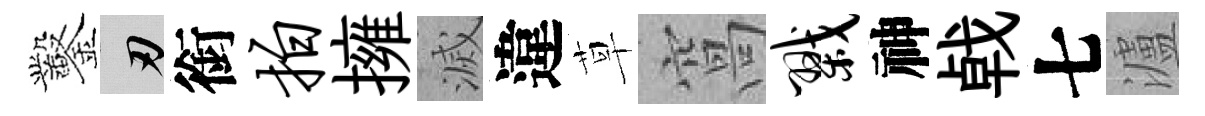
鑿刃銜拍擁滅違草窩戮神㦸七瀘